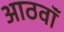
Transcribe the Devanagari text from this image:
आठवॉं